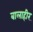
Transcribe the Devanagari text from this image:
बालाहीर